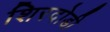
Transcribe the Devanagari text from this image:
शिरदोडी